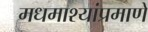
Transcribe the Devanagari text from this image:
मधमाश्यांप्रमाणे